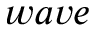
w a v e